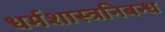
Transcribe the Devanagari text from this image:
धर्मशास्त्रनिबन्ध